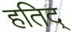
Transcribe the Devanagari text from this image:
हतिद्